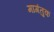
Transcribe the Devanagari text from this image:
मागंतुक